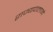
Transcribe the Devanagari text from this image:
राज्यपालाने